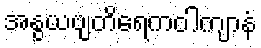
အနွယဗျတိရေကဝါကျာနံ